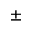
\pm